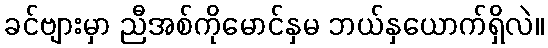
ခင်ဗျားမှာ ညီအစ်ကိုမောင်နှမ ဘယ်နှယောက်ရှိလဲ။